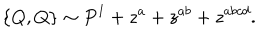
\{ Q , Q \} \sim P ^ { I } + z ^ { a } + z ^ { a b } + z ^ { a b c d } .